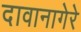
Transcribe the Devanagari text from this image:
दावानागेरे